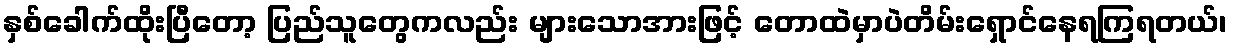
နှစ်ခေါက်ထိုးပြီတော့ ပြည်သူတွေကလည်း များသောအားဖြင့် တောထဲမှာပဲတိမ်းရှောင်နေရကြရတယ်၊